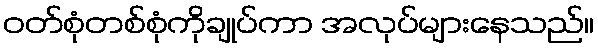
ဝတ်စုံတစ်စုံကိုချုပ်ကာ အလုပ်များနေသည်။